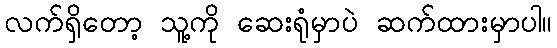
လက်ရှိတော့ သူ့ကို ဆေးရုံမှာပဲ ဆက်ထားမှာပါ။